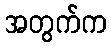
အတွက်က